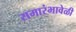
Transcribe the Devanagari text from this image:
समारंभावेळी